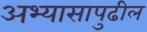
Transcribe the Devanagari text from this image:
अभ्यासापुढील